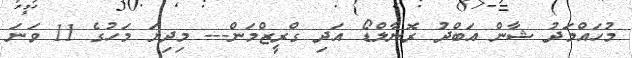
މުހައްމަދު ޝާން އަބްދު ރޮނާލްޑޯ އަދި ގްރީޒްމަން--- މިދިޔަ މަހުގެ 11 ވަނަ